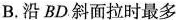
B.沿BD斜面拉时最多